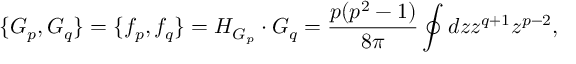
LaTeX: \{ G _ { p } , G _ { q } \} = \{ f _ { p } , f _ { q } \} = H _ { G _ { p } } \cdot G _ { q } = { \frac { p ( p ^ { 2 } - 1 ) } { 8 \pi } } \oint d z z ^ { q + 1 } z ^ { p - 2 } ,